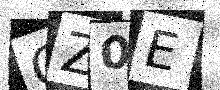
Text: QZ0E